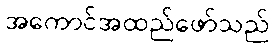
အကောင်အထည်ဖော်သည်